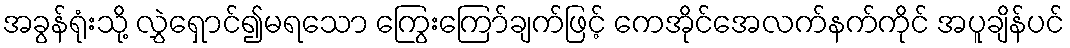
အခွန်ရုံးသို့ လွှဲရှောင်၍မရသော ကြွေးကြော်ချက်ဖြင့် ကေအိုင်အေလက်နက်ကိုင် အပူချိန်ပင်